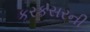
કરકસરની